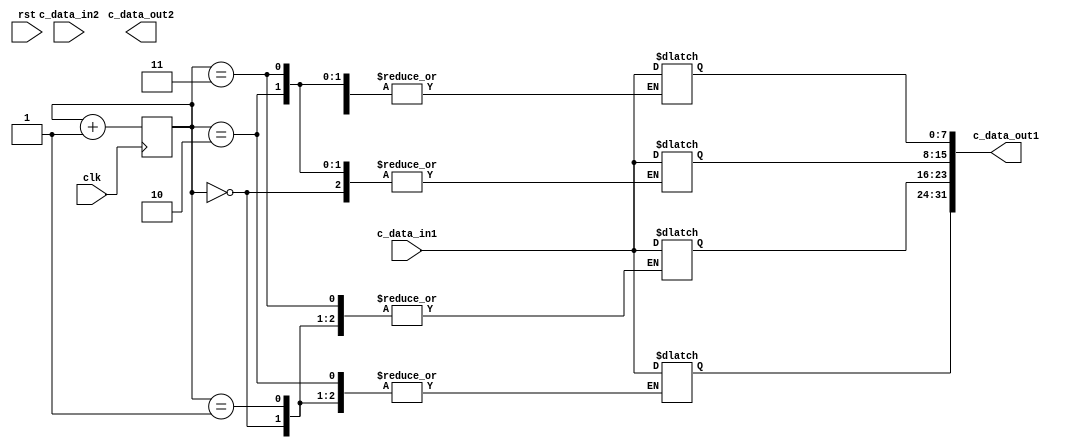
module data_to_transfer(
    input wire clk,
    input wire rst,
    input wire [7:0]  c_data_in1,
    input wire [7:0]  c_data_in2,
    
    output reg [31:0] c_data_out1,
    output reg [31:0] c_data_out2,
    );

    reg [1:0] counter = 2'b00;
    always @(posedge clk)
      counter <= counter + 1;
    
    always @* begin
      case (counter)
        2'd0: c_data_out1[7:0] = c_data_in1;
        2'd1: c_data_out1[15:8] = c_data_in1;
        2'd2: c_data_out1[23:16] = c_data_in1;
        2'd3: c_data_out1[31:24] = c_data_in1;
        default: c_data_out1= 8'h00;
      endcase
    end

endmodule